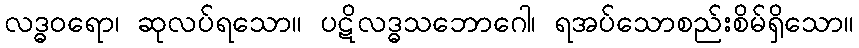
လဒ္ဓဝရော၊ ဆုလပ်ရသော။ ပဋိလဒ္ဓသဘောဂေါ၊ ရအပ်သောစည်းစိမ်ရှိသော။